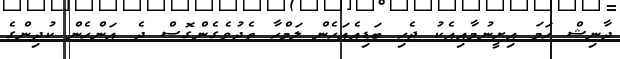
ދާނިޝް ހަމަ އިށީނުމާއިއެކު ޖެހި ބަޑިއެއަހެން ލަމްހާ ތެދުވެގެންގޮސް ދެ އަންހެން ކުދިންގެ